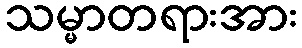
သမ္မာတရားအား